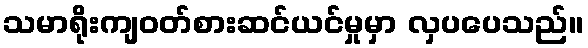
သမာရိုးကျဝတ်စားဆင်ယင်မှုမှာ လှပပေသည်။